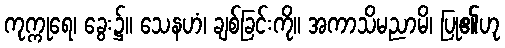
ကုက္ကုရေ၊ ခွေး၌။ သေနဟံ၊ ချစ်ခြင်းကို။ အကာသိမညာမိ၊ ပြု၏ဟု